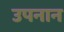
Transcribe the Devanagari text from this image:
उपनान